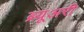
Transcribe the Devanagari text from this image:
ब्र्यूअरी